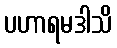
ပဟာရမဒါသိ